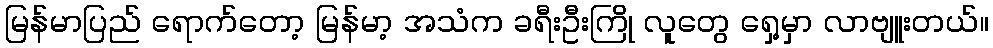
မြန်မာပြည် ရောက်တော့ မြန်မာ့ အသံက ခရီးဦးကြို လူတွေ ရှေ့မှာ လာဗျူးတယ်။